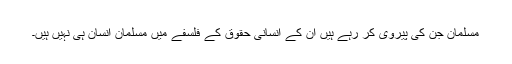
مسلمان جن کی پیروی کر رہے ہیں ان کے انسانی حقوق کے فلسفے میں مسلمان انسان ہی نہیں ہیں۔